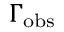
\Gamma _ { \mathrm { o b s } }